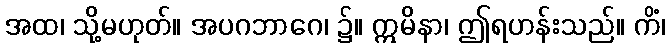
အထ၊ သို့မဟုတ်။ အပဂဘာဂေ၊ ၌။ ဣမိနာ၊ ဤရဟန်းသည်။ ကိံ၊